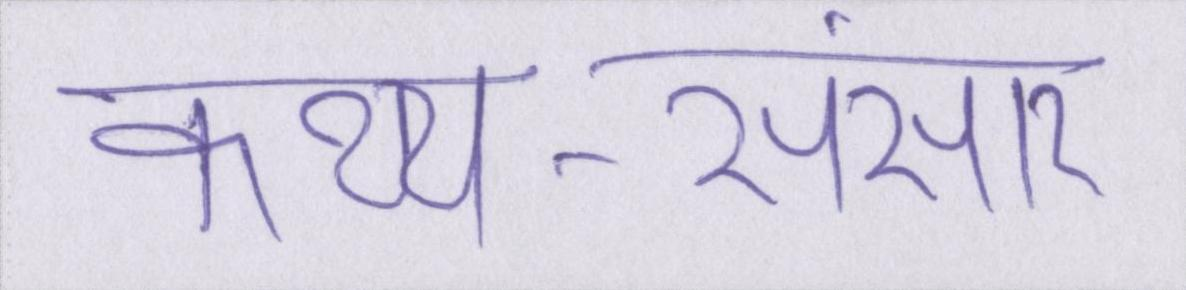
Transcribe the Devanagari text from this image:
कथ्य-संसार